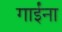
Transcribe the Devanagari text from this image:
गाईंना